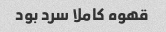
قهوه کاملا سرد بود